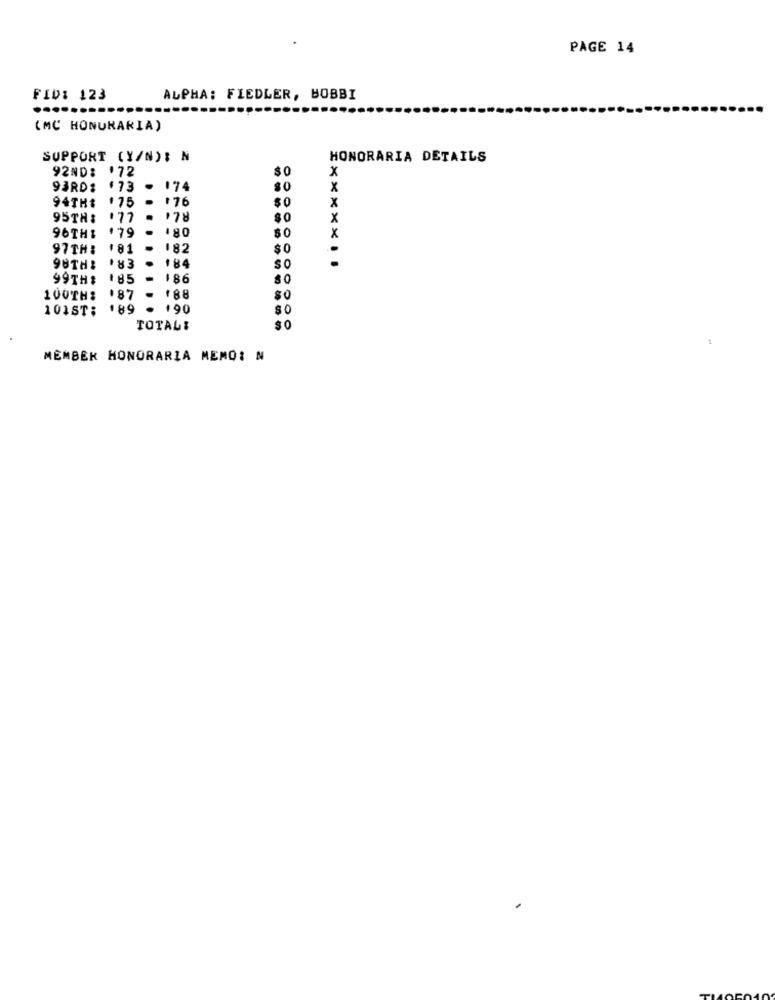
PAGE 14
FID: 123
ALPHA: FIEDLER, BOBBI
(MC HONURARIA)
SUPPORT (Y/N); N
HONORARIA DETAILS
.72
$0
×
92ND:
93RD:
.73
.74
$0
X
94THE
$75
#76
$0
x
95TH:
177
$0
X
180
x
96TH1
179
$0
97TH:
181
182
$0
184
98TH!
183
So
99TH#
185
$86
80
100TH:
.87
$0
101ST:
189
'90
$0
TOTALI
$
MEMBER HONORARIA MEMO: N